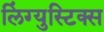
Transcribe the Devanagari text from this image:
लिंग्युस्टिक्स